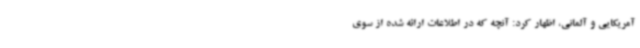
آمریکایی و آلمانی، اظهار کرد: آنچه که در اطلاعات ارائه شده از سوی